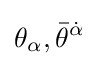
\theta _{\alpha },{\bar {\theta }}^{\dot {\alpha }}